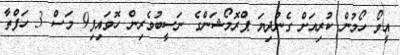
އީވޯ ހޯމުން ކުރިއަށް ގެންދިޔަ ޕްރޮމޯޝަންގެ ނަސީބުވެރިން ހޮވައިފި9 މަސް 3 ހަފްތާ